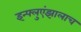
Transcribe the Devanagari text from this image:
इन्फ्लुएंझालाच